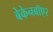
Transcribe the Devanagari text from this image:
बेकेनबॉएर